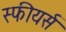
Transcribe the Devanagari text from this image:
स्फीयर्स